画像に写った文字を読んでください
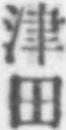
「津田」と書いてあります